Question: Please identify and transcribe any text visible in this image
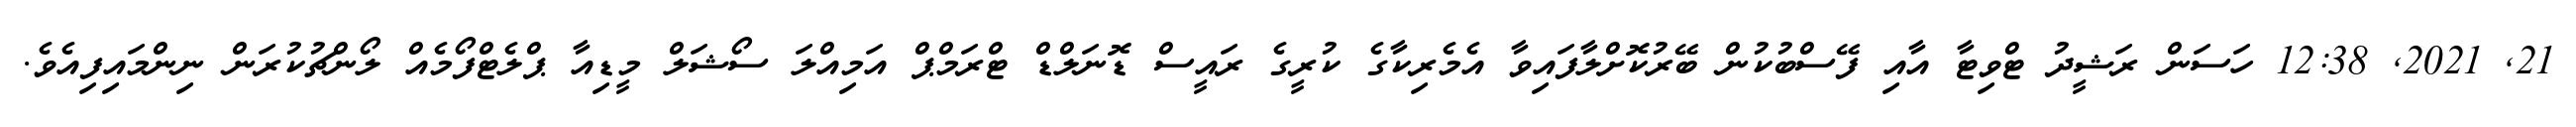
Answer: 21, 2021, 12:38 ހަސަން ރަޝީދު ޓްވިޓާ އާއި ފޭސްބުކުން ބޭރުކޮށްލާފައިވާ އެމެރިކާގެ ކުރީގެ ރައީސް ޑޮނަލްޑް ޓްރަމްޕް އަމިއްލަ ސޯޝަލް މީޑިއާ ޕްލެޓްފޯމެއް ލޯންޗުކުރަން ނިންމައިފިއެވެ.